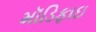
મૉડિફાઇ